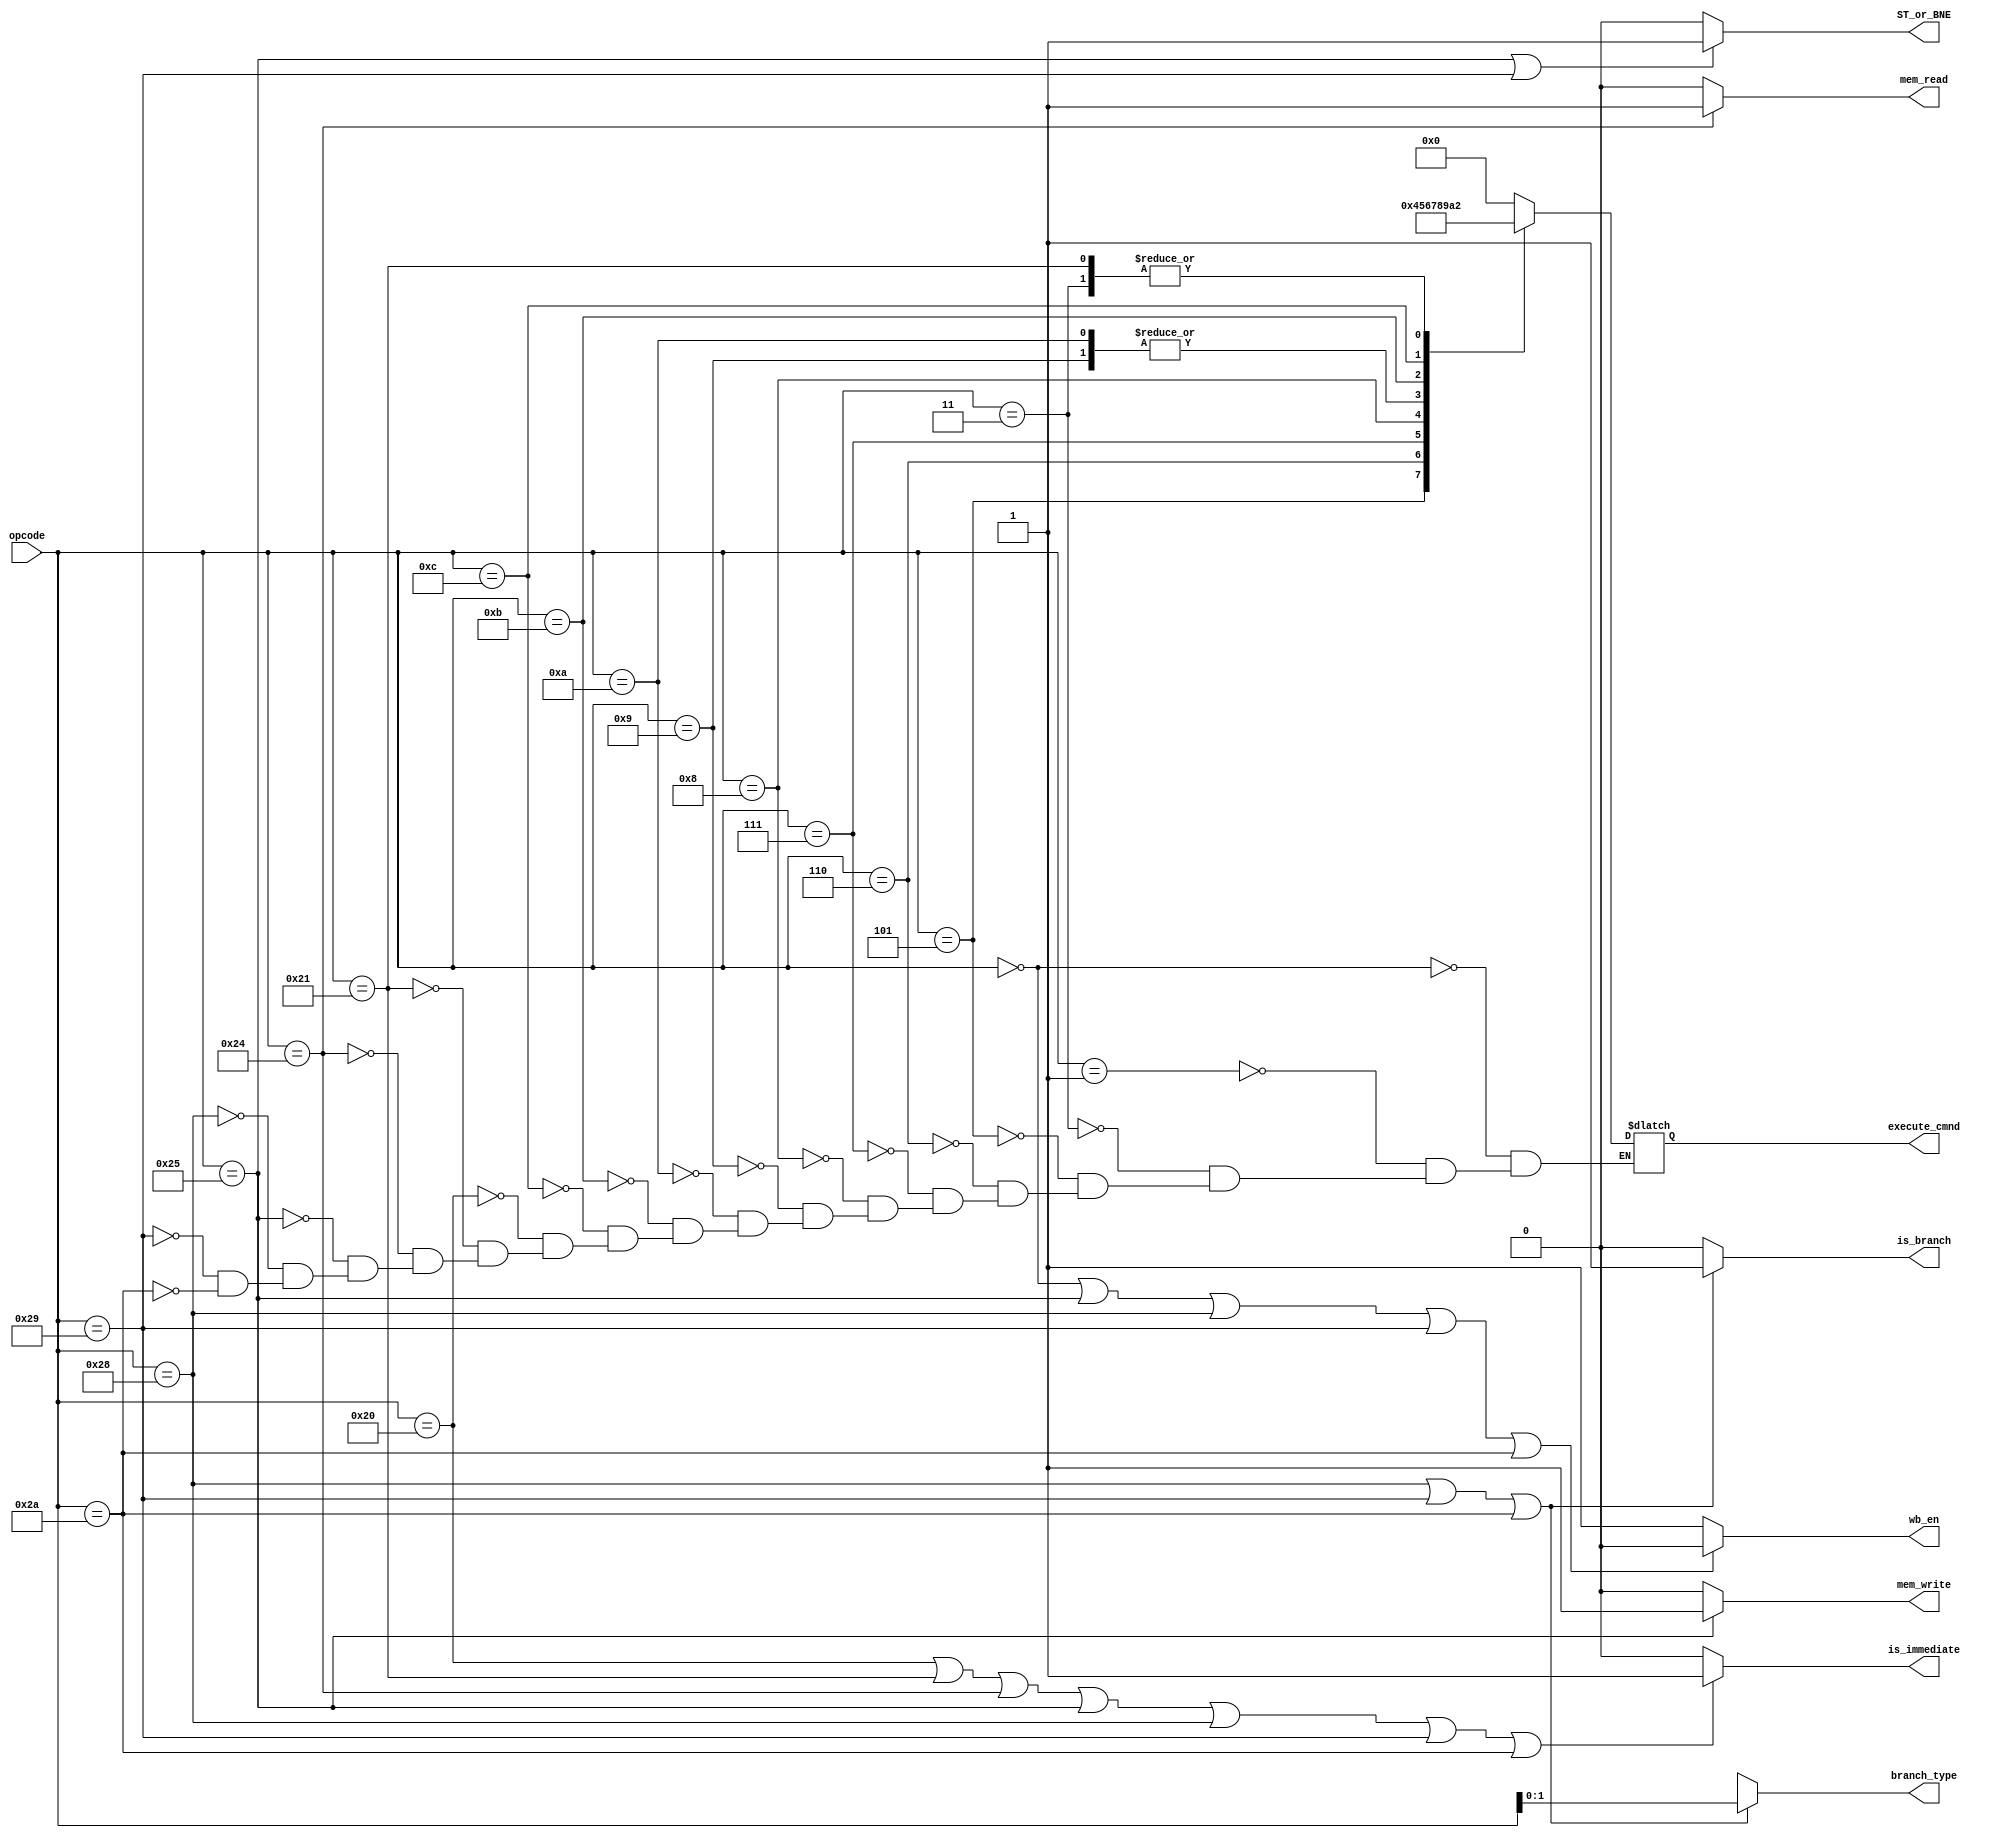
module control_unit(input[5:0] opcode,
	output[3:0] execute_cmnd,
	output [1:0] branch_type,
	output is_branch, is_immediate,
	output ST_or_BNE,
	output mem_read, mem_write,
	output wb_en);

	reg[3:0] alu_cmd_reg = 4'd0;
	reg[1:0] branch_type_reg = 2'bx;
	reg is_branch_reg = 0,
		 is_immediate_reg = 0,
		 ST_or_BNE_reg = 0,
		 mem_read_reg = 0, mem_write_reg = 0,
		 wb_en_reg = 1;
//	reg [1:0]condition_reg = 2'b0;

	always @(*) begin
		case (opcode)
			6'd0 : alu_cmd_reg = 4'bx;
			6'd1 : alu_cmd_reg = 4'd0;
			6'd3 : alu_cmd_reg = 4'b0010;
			6'd5 : alu_cmd_reg = 4'b0100;
			6'd6 : alu_cmd_reg = 4'b0101;
			6'd7 : alu_cmd_reg = 4'b0110;
			6'd8 : alu_cmd_reg = 4'b0111;
			6'd9 : alu_cmd_reg = 4'b1000;
 			6'd10 : alu_cmd_reg = 4'b1000;
			6'd11 : alu_cmd_reg = 4'b1001;
			6'd12 : alu_cmd_reg = 4'b1010;
			6'd32 : alu_cmd_reg = 4'b0000;
			6'd33 : alu_cmd_reg = 4'b0010;
			6'd36 : alu_cmd_reg = 4'b0000;
			6'd37 : alu_cmd_reg = 4'b0000;
			6'd40 : alu_cmd_reg = 4'bx;
			6'd41 : alu_cmd_reg = 4'bx;
			6'd42 : alu_cmd_reg = 4'bx;
		endcase

		if (opcode == 6'b101000 || opcode == 6'b101001 || opcode == 6'b101010)begin
			is_branch_reg = 1;
			branch_type_reg = opcode[1:0];		
		end
		else begin
			is_branch_reg = 0;
			branch_type_reg = 2'dx;
		end

		if(opcode == 6'b100000 ||
			opcode == 6'b100001 ||
			opcode == 6'b100100 ||
			opcode == 6'b100101 ||
			opcode == 6'b101000 ||
			opcode == 6'b101001 ||
			opcode == 6'b101010)
			is_immediate_reg = 1;
		else 
			is_immediate_reg = 0;
			
		if (opcode == 6'b100101 || opcode == 6'b101001)
			ST_or_BNE_reg = 1;
		else
			ST_or_BNE_reg = 0;
		
		if (opcode == 6'b100101)
			mem_write_reg = 1;
		else
			mem_write_reg = 0;
			
		if (opcode == 6'b100100)
			mem_read_reg = 1;
		else
			mem_read_reg = 0;
			
		if (
			opcode == 6'b000000 || 
			opcode == 6'b100101 || 
			opcode == 6'b101000 || 
			opcode == 6'b101001 || 
			opcode == 6'b101010)
			wb_en_reg = 0;
		else
			wb_en_reg = 1;
			
//		if (opcode == 6'b101000)
//			condition_reg[0] = 1;
//		else 
//			condition_reg[0] = 0;
//		
//		if (opcode == 6'b101001)
//			condition_reg[1] = 1;
//		else 
//			condition_reg[1] = 0;
			
	end

	assign execute_cmnd = alu_cmd_reg;
	
	assign is_branch = is_branch_reg ;
	assign branch_type = branch_type_reg;
	
	assign is_immediate = is_immediate_reg;
	
	assign ST_or_BNE = ST_or_BNE_reg;
	
	assign mem_write = mem_write_reg;
	assign mem_read = mem_read_reg;
	
	assign wb_en = wb_en_reg;
	
//	assign condition = condition_reg;
endmodule